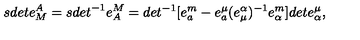
{ s d e t } e _ { M } ^ { A } = { s d e t } ^ { - 1 } e _ { A } ^ { M } = d e t ^ { - 1 } [ e _ { a } ^ { m } - e _ { a } ^ { \mu } ( e _ { \mu } ^ { \alpha } ) ^ { - 1 } e _ { \alpha } ^ { m } ] d e t e _ { \alpha } ^ { \mu } ,